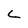
Character: L